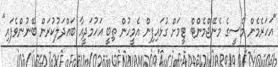
"އަހަރެމެން މެސީގެ މެނޭޖްމެންޓް ޓީމަށް ގުޅައިފިން އެމީހުން ތިބީ އަހުމަދީއާ ބައްދަލުކުރަން ބޭނުންވެފައި"